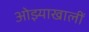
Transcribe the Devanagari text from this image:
ओझ्याखालीं